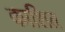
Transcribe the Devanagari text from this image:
काशित